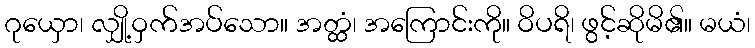
ဂုယှော၊ လျှို့ဝှက်အပ်သော။ အတ္ထံ၊ အကြောင်းကို။ ဝိပရိ၊ ဖွင့်ဆိုမိ၏။ မယံ၊